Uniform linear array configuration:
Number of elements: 48
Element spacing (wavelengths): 0.75
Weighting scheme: binomial
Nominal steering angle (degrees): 15
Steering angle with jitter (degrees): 15.235
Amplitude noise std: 0.05
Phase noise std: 0.05

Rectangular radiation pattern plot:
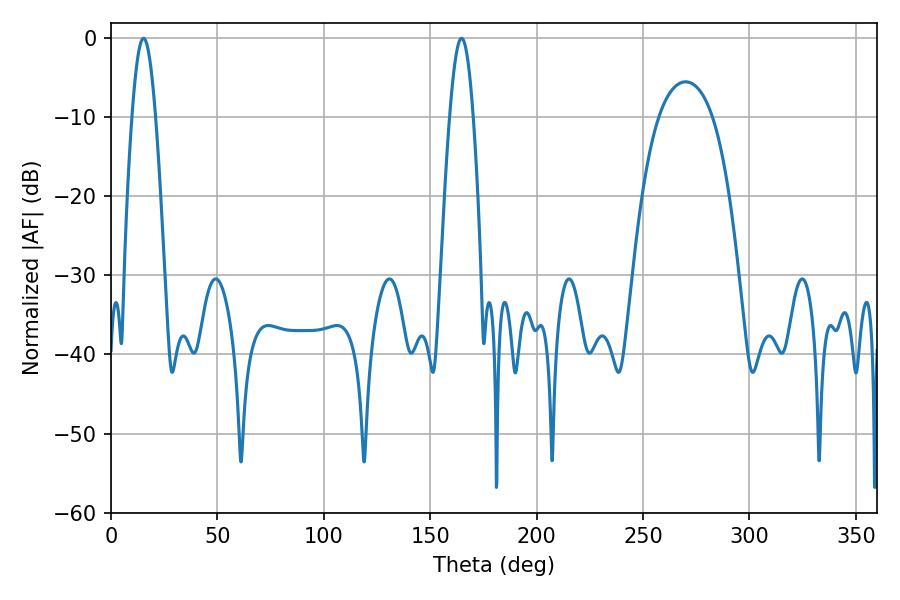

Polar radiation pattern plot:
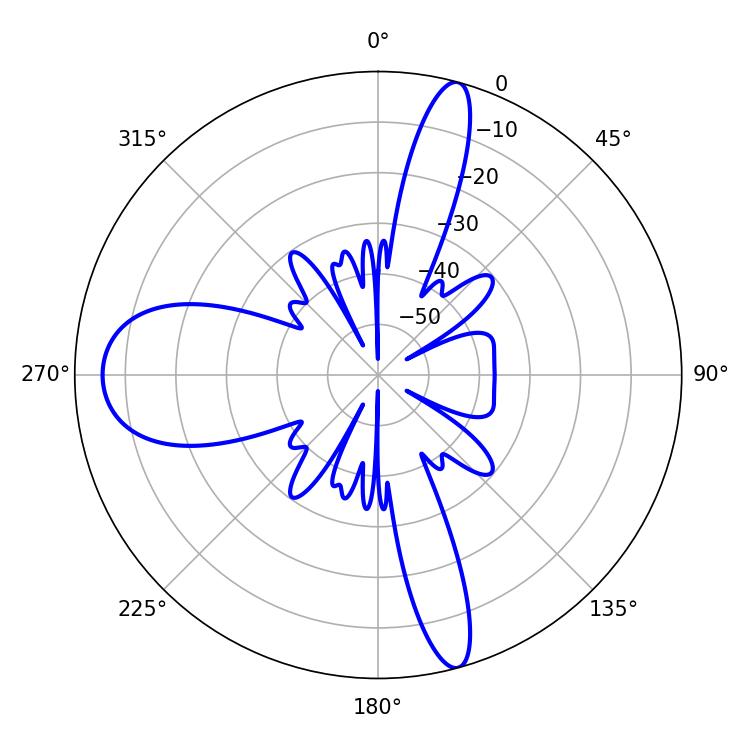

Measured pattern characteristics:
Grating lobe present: TRUE
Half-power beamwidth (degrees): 5.94
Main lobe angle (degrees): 15.3